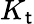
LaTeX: K_{\mathsf{t}}